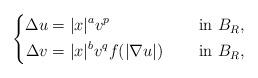
LaTeX: \begin{align*}\left\{\begin{aligned}\Delta u&=|x|^{a}v^{p} &&\quad\mbox{ in } B_R, \\\Delta v&=|x|^{b}v^{q}f(|\nabla u|) &&\quad\mbox{ in } B_R,\end{aligned}\right.\end{align*}